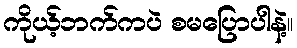
ကိုယ့်ဘက်ကပဲ စမပြောပါနဲ့။